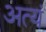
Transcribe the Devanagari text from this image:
अत्यं